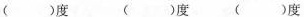
( )度 ( )度 ( )度